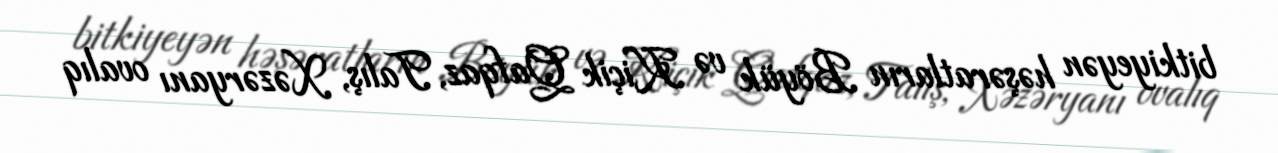
bitkiyeyən həşəratların Böyük və Kiçik Qafqaz, Talış, Xəzəryanı ovalıq